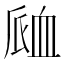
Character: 𧖴